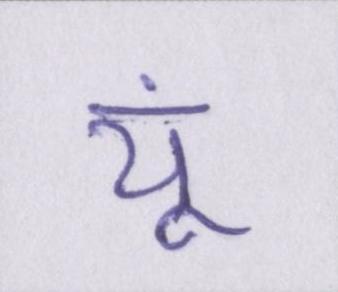
यूं